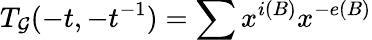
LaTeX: T_{{\cal G}}(-t,-t^{-1})=\sum x^{i(B)}x^{-e(B)}